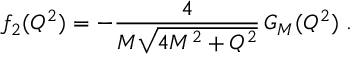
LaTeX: f _ { 2 } ( Q ^ { 2 } ) = - \frac { 4 } { M \sqrt { 4 M ^ { 2 } + Q ^ { 2 } } } \, G _ { M } ( Q ^ { 2 } ) \; .